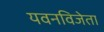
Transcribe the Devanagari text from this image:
यवनविजेता